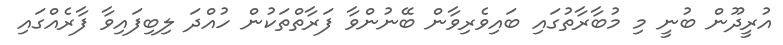
އުރީދޫން ބުނީ މި މުބާރާތުގައި ބައިވެރިވާން ބޭނުންވާ ފަރާތްތަކުން ހުއްދަ ލިބިފައިވާ ފާރެއްގައި